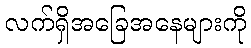
လက်ရှိအခြေအနေများကို